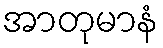
အာတုမာနံ